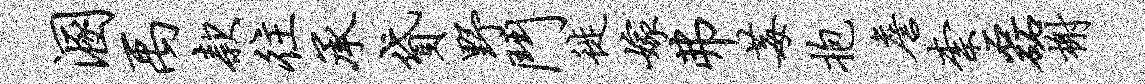
溷禹款往承贷野斗徙嫁弗莓抱詹柰磊榭